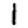
Digit: 1